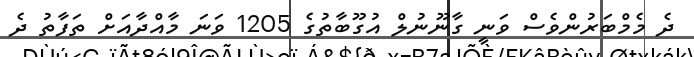
ދެ މެމްބަރުންވެސް ވަނީ ގާނޫނުލް އުގޫބާތުގެ 1205 ވަނަ މާއްދާއަށް ތަފާތު ދެ